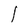
Character: I